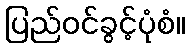
ပြည်ဝင်ခွင့်ပုံစံ။